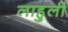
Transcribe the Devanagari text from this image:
लाहुली